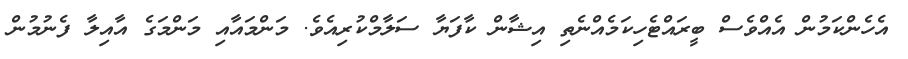
އެހެންކަމުން އެއްވެސް ބީރައްޓެހިކަމެއްނެތި އިޝާން ކާފަޔާ ސަލާމްކުރިއެވެ. މަންމައާއި މަންމަގެ އާއިލާ ފެނުމުން